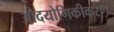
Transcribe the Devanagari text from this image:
औदयोगिकीकरण